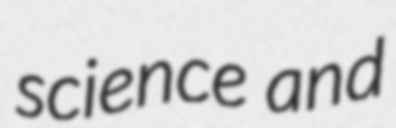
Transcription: science and